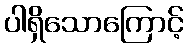
ပါရှိသောကြောင့်